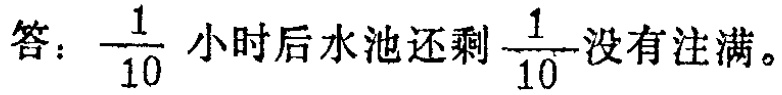
答：\(\frac{1}{10}\)小时后水池还剩\(\frac{1}{10}\)没有注满。